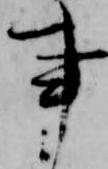
事